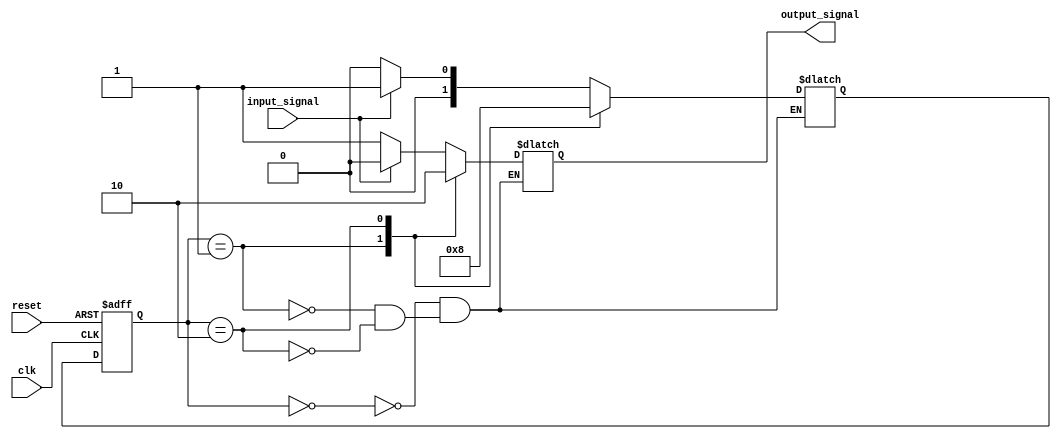
module mealy_state_machine (
    input clk, // clock signal
    input reset, // asynchronous reset signal
    input input_signal, // input signal
    output reg output_signal // output signal
);

// state definition
parameter State1 = 2'b00;
parameter State2 = 2'b01;
parameter State3 = 2'b10;

// state register
reg [1:0] state_reg, next_state;

always @ (posedge clk or posedge reset) begin
    if (reset) begin
        state_reg <= State1;
    end else begin
        state_reg <= next_state;
    end
end

// next state logic
always @ (*) begin
    case (state_reg)
        State1: begin
            if (input_signal) begin
                next_state = State2;
                output_signal = 1'b0; // output behavior for State1
            end else begin
                next_state = State1;
                output_signal = 1'b1; // output behavior for State1
            end
        end
        State2: begin
            next_state = State3;
            output_signal = 1'b1; // output behavior for State2
        end
        State3: begin
            next_state = State1;
            output_signal = 1'b0; // output behavior for State3
        end
    endcase
end

endmodule